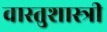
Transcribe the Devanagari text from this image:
वास्‍तुशास्‍त्री